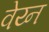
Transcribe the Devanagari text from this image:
वेय्न